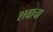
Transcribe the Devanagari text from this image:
शवाचा